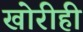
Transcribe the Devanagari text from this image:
खोरीही